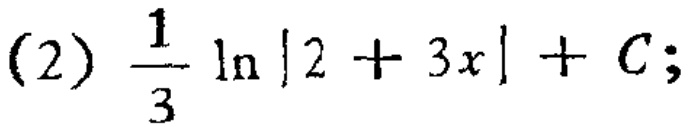
(2) $\frac{1}{3} \ln|2 + 3x| + C;$